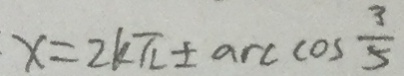
x = 2 k \pi \pm \arccos \frac { 3 } { 5 }